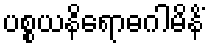
ပစ္စယနိရောဓဂါမိနိံ